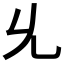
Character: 𠃔